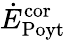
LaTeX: \dot{E}_{\mathrm{Poyt}}^{\mathrm{cor}}